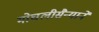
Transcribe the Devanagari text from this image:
मोघलीसैन्याने